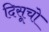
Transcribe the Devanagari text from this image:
दिसूचो